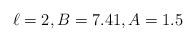
LaTeX: \begin{align*}\ell = 2, B = 7.41, A = 1.5\end{align*}